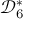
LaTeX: { \mathcal { D } } _ { 6 } ^ { * }